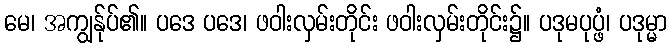
မေ၊ အကျွန်ုပ်၏။ ပဒေ ပဒေ၊ ဖဝါးလှမ်းတိုင်း ဖဝါးလှမ်းတိုင်း၌။ ပဒုမပုပ္ဖံ၊ ပဒုမ္မာ